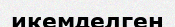
икемделген